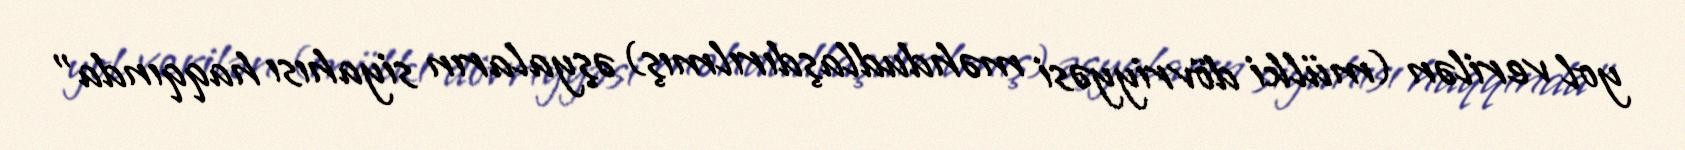
yol verilən (mülki dövriyyəsi məhdudlaşdırılmış) əşyaların siyahısı haqqında”